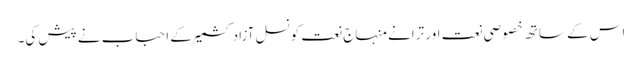
اس کے ساتھ خصوصی نعت اور ترانے منہاج نعت کونسل آزاد کشمیر کے احباب نے پیش کی۔